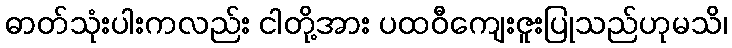
ဓာတ်သုံးပါးကလည်း ငါတို့အား ပထဝီကျေးဇူးပြုသည်ဟုမသိ၊